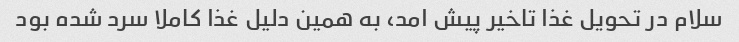
سلام در تحویل غذا تاخیر پیش امد، به همین دلیل غذا کاملا سرد شده بود